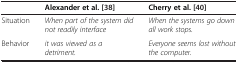
<table><thead><tr><td><b> </b></td><td><b>Alexander et al. [38]</b></td><td><b>Cherry et al. [40]</b></td></tr></thead><tbody><tr><td>Situation</td><td><i>When part of the system did not readily interface</i></td><td><i>When the systems go down all work stops.</i></td></tr><tr><td>Behavior</td><td><i>it was viewed as a detriment.</i></td><td><i>Everyone seems lost without the computer.</i></td></tr></tbody></table>